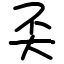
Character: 奀